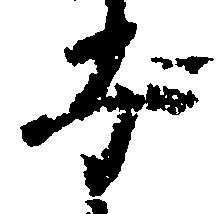
子